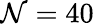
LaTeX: \mathcal{N}=40